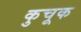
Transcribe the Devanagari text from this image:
कुचूक